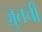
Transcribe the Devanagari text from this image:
ज़ुतची